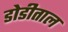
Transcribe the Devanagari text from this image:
डोडीताल